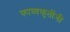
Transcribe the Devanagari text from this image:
काव्यकृतींची